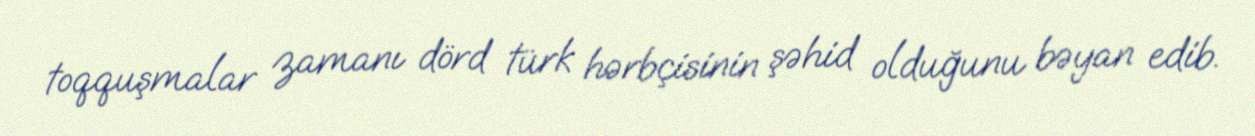
toqquşmalar zamanı dörd türk hərbçisinin şəhid olduğunu bəyan edib.